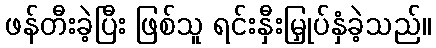
ဖန်တီးခဲ့ပြီး ဖြစ်သူ ရင်းနှီးမြှုပ်နှံခဲ့သည်။